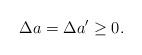
LaTeX: \begin{align*}\Delta a=\Delta a^{\prime}\geq 0. \end{align*}